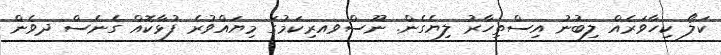
ކަލޯ ކިހާވަރެއް ލިބުނު އިސްތިހާރު ލިޔެގެން. ނޫސްވއރިކަމުގަ މިޔައްވުރެ ފުޅާކޮއް ގެނެސް ދވެން